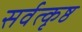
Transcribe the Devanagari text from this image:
सर्वत्कृष्ठ